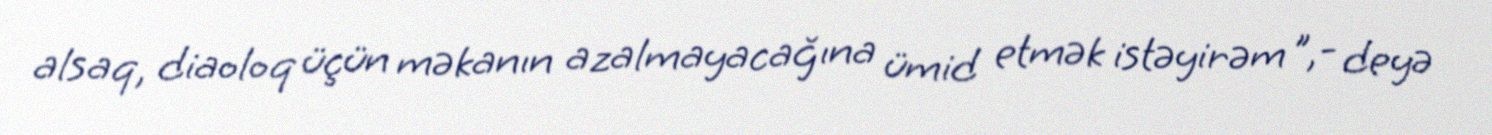
alsaq, diaoloq üçün məkanın azalmayacağına ümid etmək istəyirəm ",- deyə